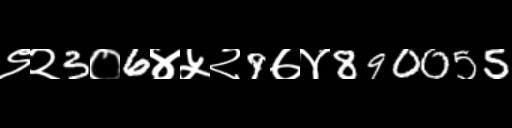
Text: ९२3०6४५२9७४890055